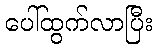
ပေါ်ထွက်လာပြီး